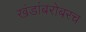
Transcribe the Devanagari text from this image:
खंडांबरोबरच